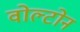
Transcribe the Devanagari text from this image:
वोल्टोन